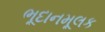
ભૂદાનમૂલક